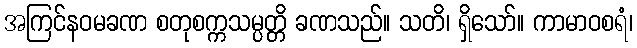
အကြင်နဝမခဏ စတုစက္ကသမ္ပတ္တိ ခဏသည်။ သတိ၊ ရှိသော်။ ကာမာဝစရံ၊